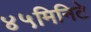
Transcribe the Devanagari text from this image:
४५मिनिटे